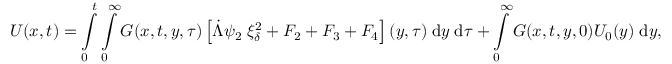
U ( x , t ) = \int \displaylimits _ { 0 } ^ { t } \int \displaylimits _ { 0 } ^ { \infty } G ( x , t , y , \tau ) \left[ \dot { \Lambda } \psi _ { 2 } \; \xi _ { \delta } ^ { 2 } + F _ { 2 } + F _ { 3 } + F _ { 4 } \right] ( y , \tau ) \; \mathrm { d } y \; \mathrm { d } \tau + \int \displaylimits _ { 0 } ^ { \infty } G ( x , t , y , 0 ) U _ { 0 } ( y ) \; \mathrm { d } y ,